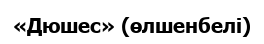
«Дюшес» (өлшенбелі)